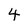
Character: 4